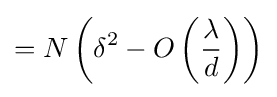
=N\left(\delta ^{2}-O\left({\dfrac {\lambda }{d}}\right)\right)